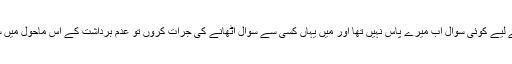
قائد اعظمؒ سے مزید پوچھنے کے لیے کوئی سوال اب میرے پاس نہیں تھا اور میں یہاں کسی سے سوال اٹھانے کی جرات کروں تو عدم برداشت کے اس ماحول میں سانس لینا بھی مشکل ہوجائے گا۔